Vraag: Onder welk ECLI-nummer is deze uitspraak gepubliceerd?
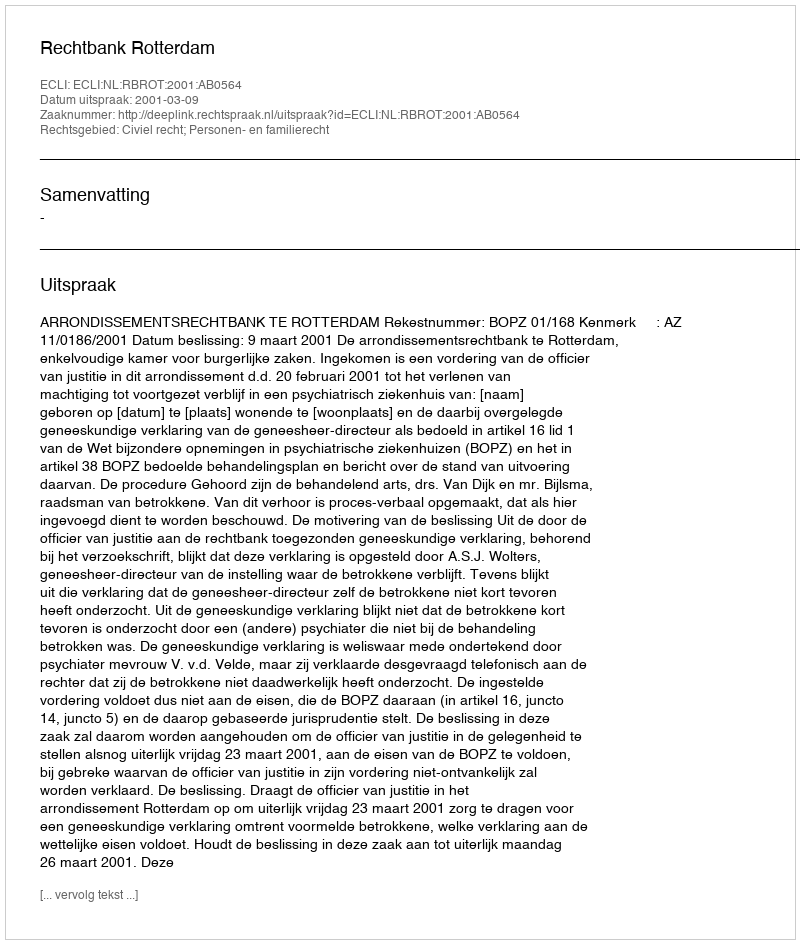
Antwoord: ECLI:NL:RBROT:2001:AB0564